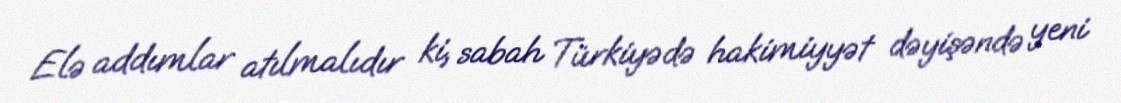
Elə addımlar atılmalıdır ki, sabah Türkiyədə hakimiyyət dəyişəndə yeni